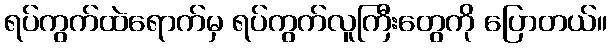
ရပ်ကွက်ထဲရောက်မှ ရပ်ကွက်လူကြီးတွေကို ပြောတယ်။